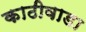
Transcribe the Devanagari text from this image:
काठीवाडा